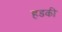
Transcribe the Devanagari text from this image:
हडकी